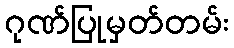
ဂုဏ်ပြုမှတ်တမ်း